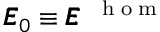
\pmb { { \cal E } } _ { 0 } \equiv \pmb { { \cal E } } ^ { \mathrm { ~ \tiny ~ { ~ h ~ o ~ m ~ } ~ } }